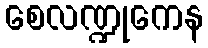
စေလဏ္ဍုကေန